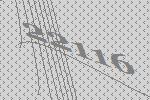
22116